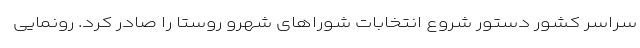
سراسر کشور دستور شروع انتخابات شوراهای شهرو روستا را صادر کرد. رونمایی